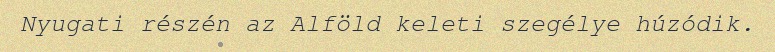
Nyugati részén az Alföld keleti szegélye húzódik.